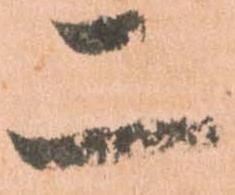
二